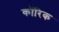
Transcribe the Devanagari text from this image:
कॉरिक